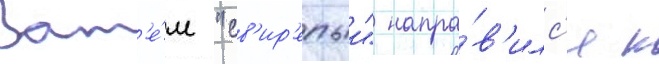
Зат'е́м "св'ир'епыи" напра́в'илс'я к